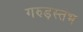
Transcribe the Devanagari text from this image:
गरुड़स्तंभ